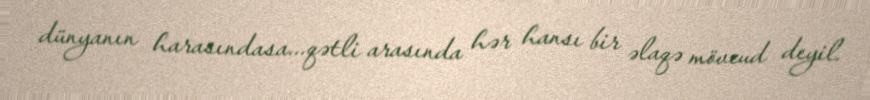
dünyanın harasındasa...qətli arasında hər hansı bir əlaqə mövcud deyil.